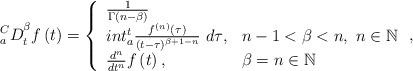
LaTeX: \begin{align*}{{}_a^CD}_t^{\beta{}}f\left(t\right)=\left\{\begin{array}{ll}\frac{1}{\Gamma(n-\beta{})}\\int_a^t\frac{f^{\left(n\right)}(\tau{})}{{(t-\tau{})}^{\beta{}+1-n}}\ d\tau{}, & n-1<\beta{}<n,\ n\in{}\mathbb{N} \\\frac{d^n}{dt^n}f\left(t\right), & \beta{}=n\in{}\mathbb{N}\end{array} \right.,\end{align*}